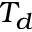
T _ { d }